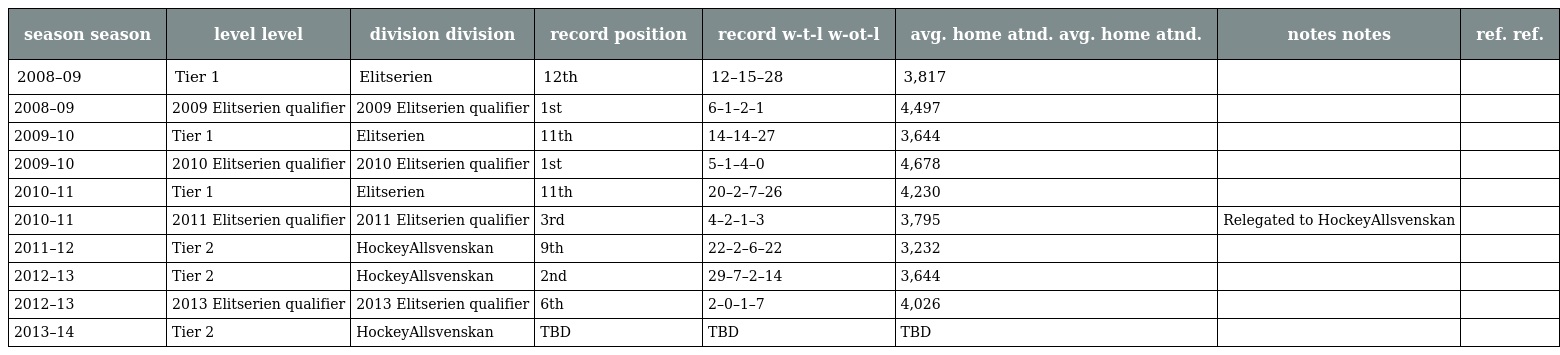
| season season | level level | division division | record position | record w-t-l w-ot-l | avg. home atnd. avg. home atnd. | notes notes | ref. ref. |
 | --- | --- | --- | --- | --- | --- | --- | --- |
 | 2008–09 | Tier 1 | Elitserien | 12th | 12–15–28 | 3,817 |  |  |
 | 2008–09 | 2009 Elitserien qualifier | 2009 Elitserien qualifier | 1st | 6–1–2–1 | 4,497 |  |  |
 | 2009–10 | Tier 1 | Elitserien | 11th | 14–14–27 | 3,644 |  |  |
 | 2009–10 | 2010 Elitserien qualifier | 2010 Elitserien qualifier | 1st | 5–1–4–0 | 4,678 |  |  |
 | 2010–11 | Tier 1 | Elitserien | 11th | 20–2–7–26 | 4,230 |  |  |
 | 2010–11 | 2011 Elitserien qualifier | 2011 Elitserien qualifier | 3rd | 4–2–1–3 | 3,795 | Relegated to HockeyAllsvenskan |  |
 | 2011–12 | Tier 2 | HockeyAllsvenskan | 9th | 22–2–6–22 | 3,232 |  |  |
 | 2012–13 | Tier 2 | HockeyAllsvenskan | 2nd | 29–7–2–14 | 3,644 |  |  |
 | 2012–13 | 2013 Elitserien qualifier | 2013 Elitserien qualifier | 6th | 2–0–1–7 | 4,026 |  |  |
 | 2013–14 | Tier 2 | HockeyAllsvenskan | TBD | TBD | TBD |  |  |